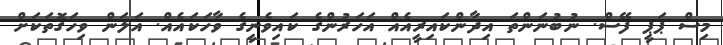
މިސް ޕަޕީ ފޭސް. ނުބުނަންތަ އިދާންކައިރީއެއް އަހަރުންގެ ކައިވެނީގެ ވާހަކައެއް. އަލަން ވިހަގޮތަކަށް